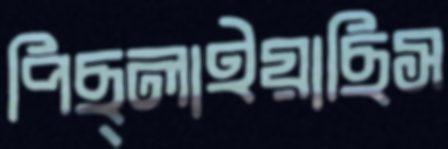
পিছ্‌লাইয়াছিস